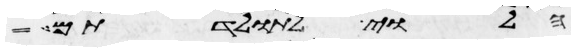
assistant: הלוי לתולדתם